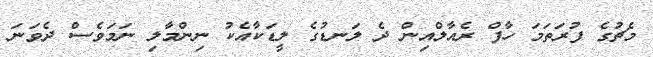
މެޗުގެ ފުރަތަމަ ހާފް ރެއާލްއިން ދެ ލަނޑުގެ ލީޑަކާއެކު ނިންމާލި ނަމަވެސް ދެވަނަ